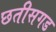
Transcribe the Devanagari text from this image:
छतीसगड